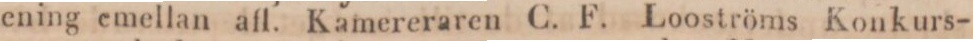
ening emellan afl. Kamereraren C. F. Looströms Konkurs-